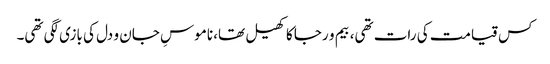
کس قیامت کی رات تھی، بیم و رجا کا کھیل تھا، ناموسِ جان و دل کی بازی لگی تھی۔